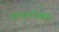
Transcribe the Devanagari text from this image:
वापरूनदेखील